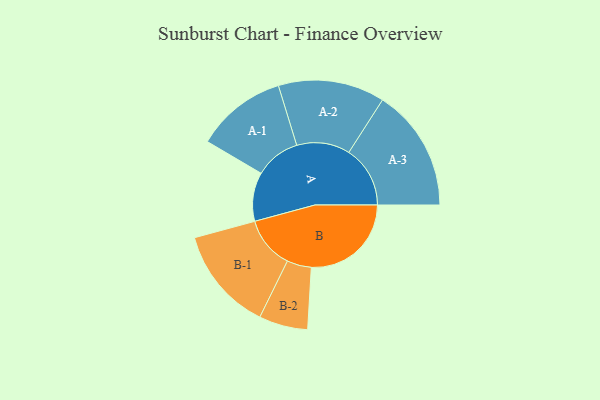
{"axis": {"x": "Segment", "y": "Value"}, "legend": ["", "A", "B"], "data": [{"x": "A", "y": 200, "type": ""}, {"x": "B", "y": 409, "type": ""}, {"x": "A-1", "y": 186, "type": "A"}, {"x": "A-2", "y": 218, "type": "A"}, {"x": "A-3", "y": 251, "type": "A"}, {"x": "B-1", "y": 213, "type": "B"}, {"x": "B-2", "y": 100, "type": "B"}]}